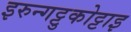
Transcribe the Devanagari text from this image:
इरुन्गट्टुकोट्टाइ